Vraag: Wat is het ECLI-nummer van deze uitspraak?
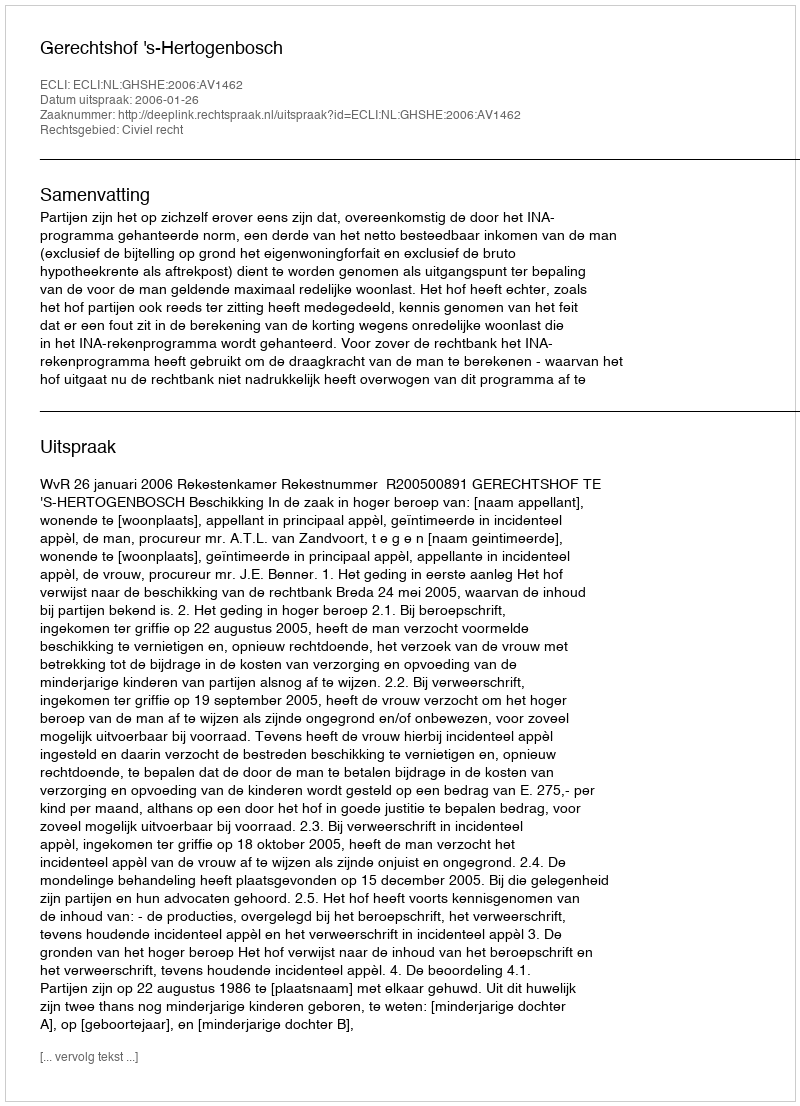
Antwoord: ECLI:NL:GHSHE:2006:AV1462